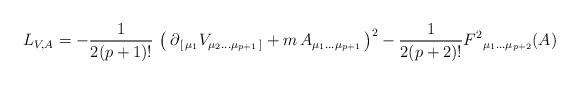
LaTeX: \begin{align*}L_{V, A}= -{1\over 2(p+1)!}\, \left(\,\partial_{\,[\,\mu_1}V_{\mu_2\dots\mu_{p+1}\,]} + m\,A_{\mu_1\dots\mu_{p+1}} \, \right)^2 -{1\over 2(p+2)! }F^2{}_{\mu_1\dots\mu_{p+2}}(A)\end{align*}